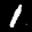
Digit: 1